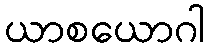
ယာစယောဂါ